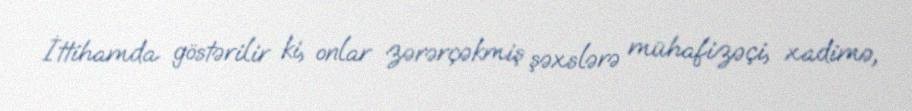
İttihamda göstərilir ki, onlar zərərçəkmiş şəxslərə mühafizəçi, xadimə,